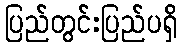
ပြည်တွင်းပြည်ပရှိ